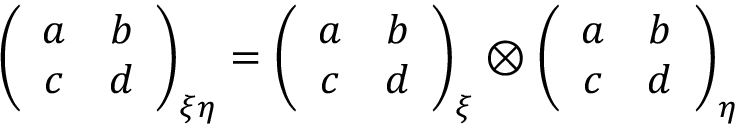
\left( \begin{array} { c c } { { a } } & { { b } } \\ { { c } } & { { d } } \end{array} \right) _ { \xi \eta } = \left( \begin{array} { c c } { { a } } & { { b } } \\ { { c } } & { { d } } \end{array} \right) _ { \xi } \otimes \left( \begin{array} { c c } { { a } } & { { b } } \\ { { c } } & { { d } } \end{array} \right) _ { \eta }